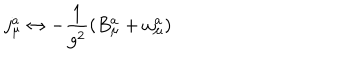
LaTeX: j _ { \mu } ^ { a } \leftrightarrow - \frac { 1 } { g ^ { 2 } } ( B _ { \mu } ^ { a } + \omega _ { \mu } ^ { a } )